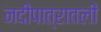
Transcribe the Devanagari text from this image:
नदीपात्रातली